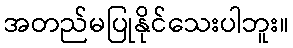
အတည်မပြုနိုင်သေးပါဘူး။